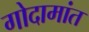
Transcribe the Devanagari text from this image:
गोदामांत